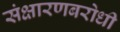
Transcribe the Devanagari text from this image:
संक्षारणबरोधी